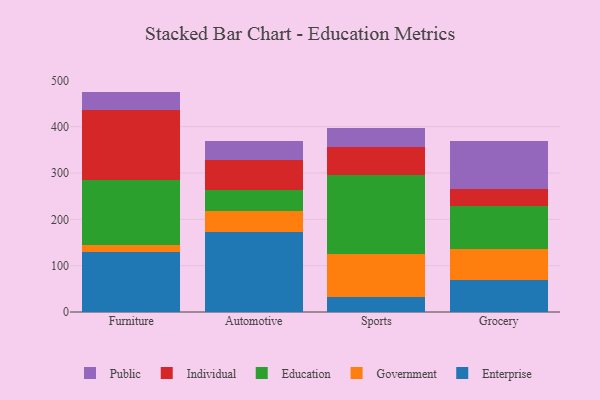
{"axis": {"x": "Category", "y": "Operating Costs (USD K)"}, "legend": ["Education", "Enterprise", "Government", "Individual", "Public"], "data": [{"x": "Furniture", "y": 130.2, "type": "Enterprise"}, {"x": "Furniture", "y": 14.7, "type": "Government"}, {"x": "Furniture", "y": 140.3, "type": "Education"}, {"x": "Furniture", "y": 151.9, "type": "Individual"}, {"x": "Furniture", "y": 38.7, "type": "Public"}, {"x": "Automotive", "y": 173.5, "type": "Enterprise"}, {"x": "Automotive", "y": 44.3, "type": "Government"}, {"x": "Automotive", "y": 46.4, "type": "Education"}, {"x": "Automotive", "y": 63.2, "type": "Individual"}, {"x": "Automotive", "y": 41.1, "type": "Public"}, {"x": "Sports", "y": 32.3, "type": "Enterprise"}, {"x": "Sports", "y": 92.3, "type": "Government"}, {"x": "Sports", "y": 172.0, "type": "Education"}, {"x": "Sports", "y": 59.6, "type": "Individual"}, {"x": "Sports", "y": 40.1, "type": "Public"}, {"x": "Grocery", "y": 69.7, "type": "Enterprise"}, {"x": "Grocery", "y": 65.9, "type": "Government"}, {"x": "Grocery", "y": 93.9, "type": "Education"}, {"x": "Grocery", "y": 37.1, "type": "Individual"}, {"x": "Grocery", "y": 103.0, "type": "Public"}]}